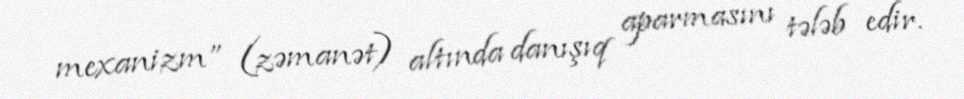
mexanizm” (zəmanət) altında danışıq aparmasını tələb edir.